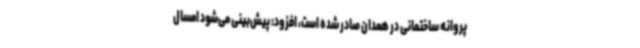
پروانه ساختمانی در همدان صادر شده است، افزود: پیش‌بینی می‌شود امسال